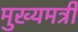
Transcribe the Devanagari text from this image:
मुख्यमत्री